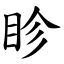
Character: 眕